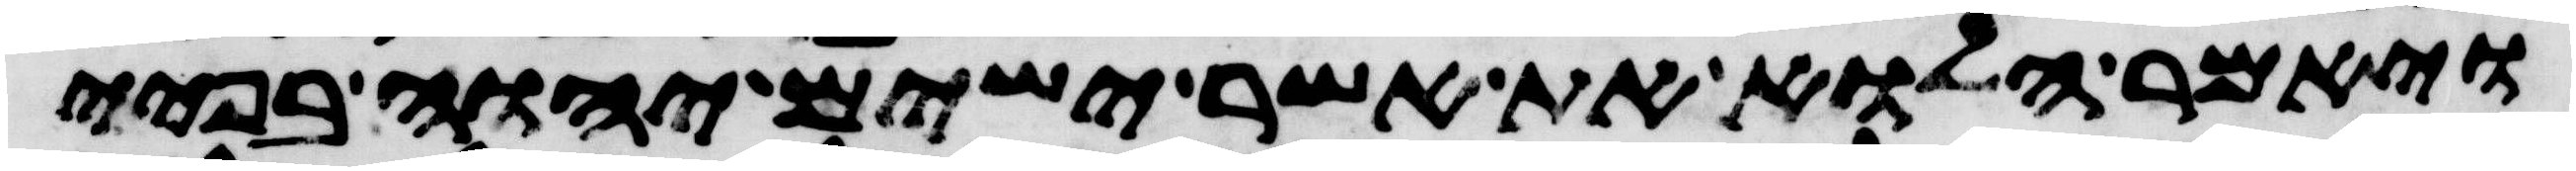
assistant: ויאמר הלוא את אשר ישים יהוה בפיי